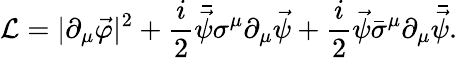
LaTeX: {\cal L}=|\partial_{\mu}\vec{\varphi}|^{2}+\frac{i}{2}\bar{\vec{\psi}}\sigma^{\mu}\partial_{\mu}\vec{\psi}+\frac{i}{2}\vec{\psi}\bar{\sigma}^{\mu}\partial_{\mu}\bar{\vec{\psi}}.